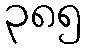
၃၈၅